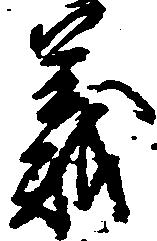
義